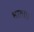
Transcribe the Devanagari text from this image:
भाला।।